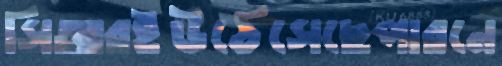
সিআরইউঠেসেছেপারনে